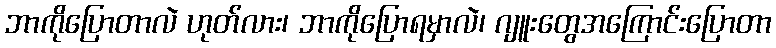
ဘာကိုပြောတာလဲ ဟုတ်လား၊ ဘာကိုပြောရမှာလဲ၊ ဂျူးတွေအကြောင်းပြောတာ